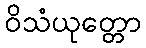
ဝိသံယုတ္တော